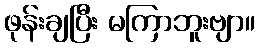
ဖုန်းချပြီး မကြာဘူးဗျာ။